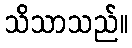
သိသာသည်။